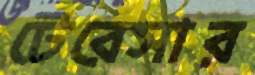
টেরেসার